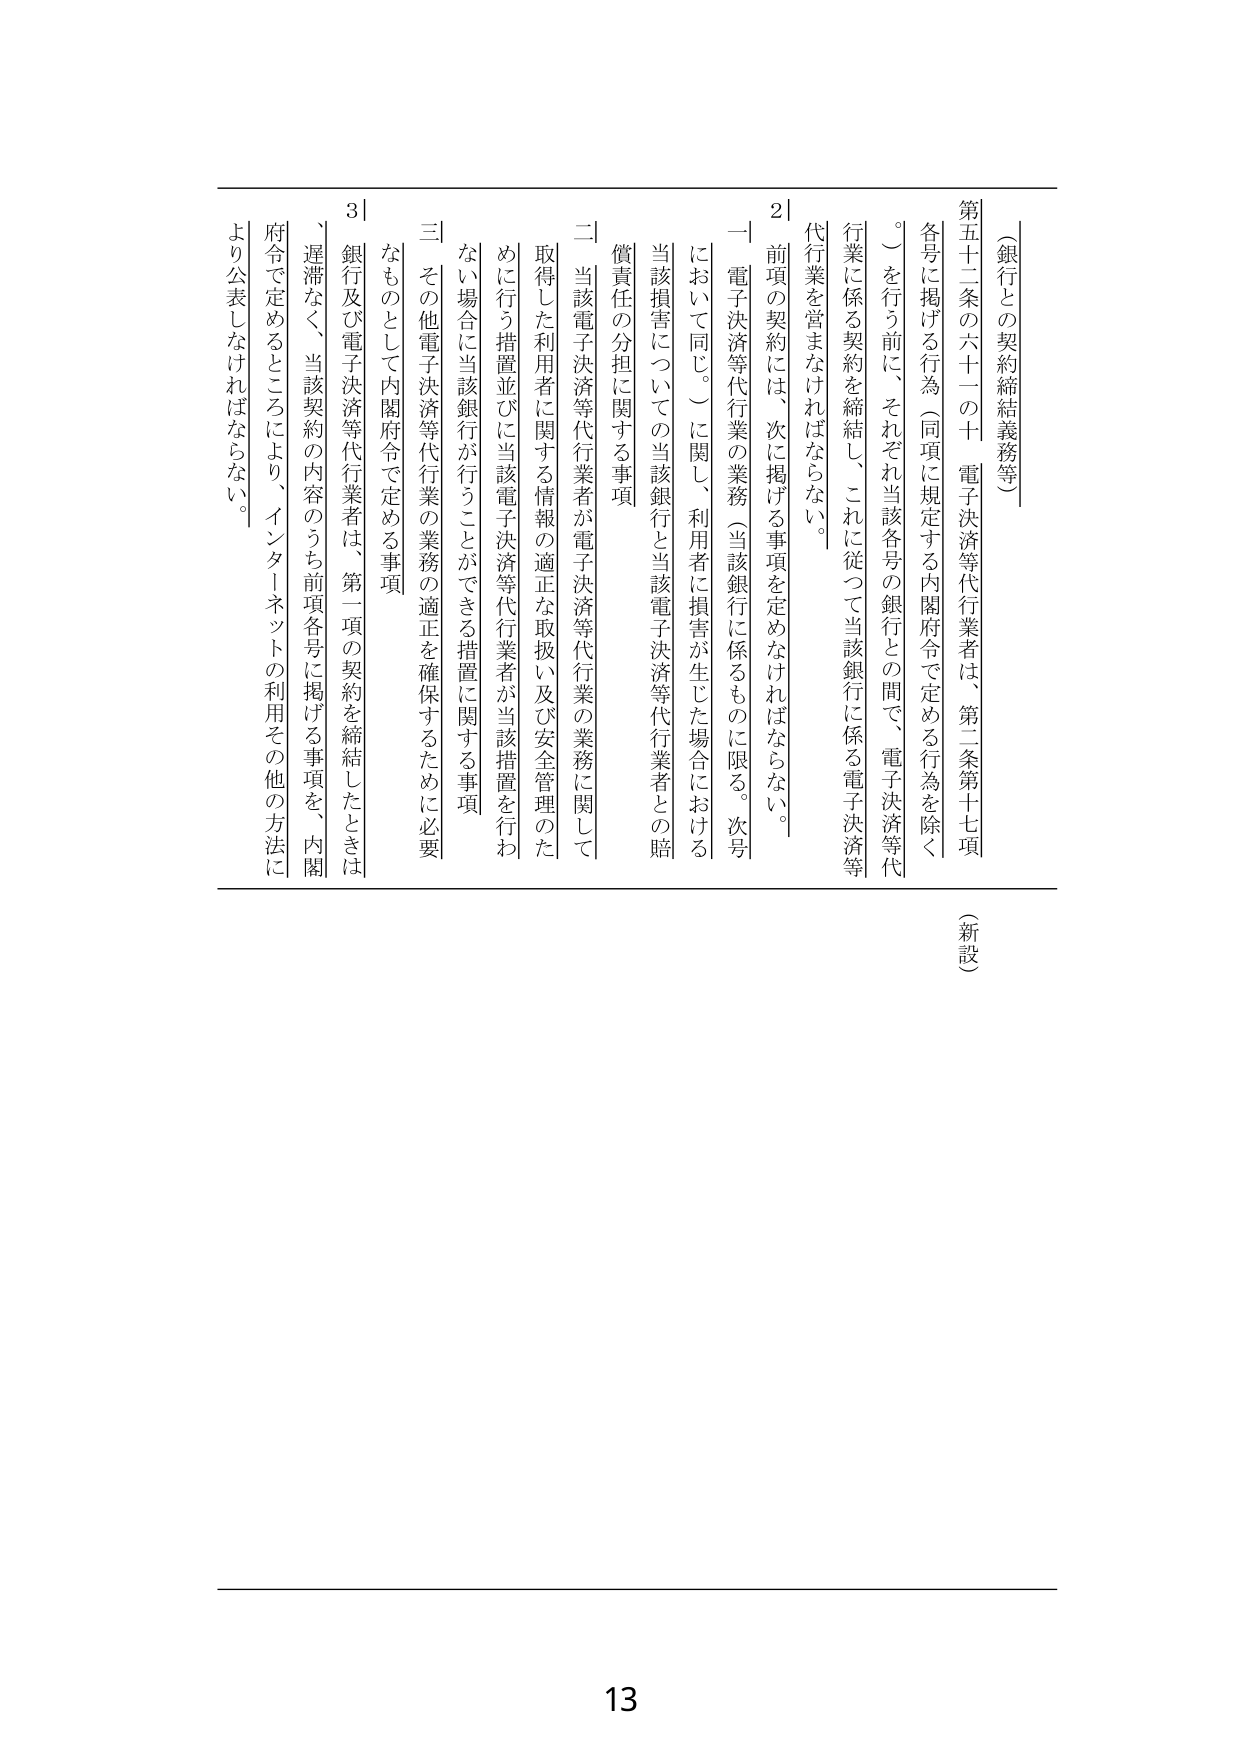
（銀行との契約締結義務等）

第五十二条の六十一の十　電子決済等代行業者は、第二条第十七項各号に掲げる行為（同項に規定する内閣府令で定める行為を除く。）を行う前に、それぞれ当該各号の銀行との間で、電子決済等代行業に係る契約を締結し、これに従って当該銀行に係る電子決済等代行業を営まなければならない。

２　前項の契約には、次に掲げる事項を定めなければならない。

一　電子決済等代行業の業務（当該銀行に係るものに限る。次号において同じ。）に関し、利用者に損害が生じた場合における当該損害についての当該銀行と当該電子決済等代行業者との賠償責任の分担に関する事項

二　当該電子決済等代行業者が電子決済等代行業の業務に関して取得した利用者に関する情報の適正な取扱い及び安全管理のために行う措置並びに当該電子決済等代行業者が当該措置を行わない場合に当該銀行が行うことができる措置に関する事項

三　その他電子決済等代行業の業務の適正を確保するために必要なものとして内閣府令で定める事項

３　銀行及び電子決済等代行業者は、第一項の契約を締結したときは、遅滞なく、当該契約の内容のうち前項各号に掲げる事項を、内閣府令で定めるところにより、インターネットの利用その他の方法により公表しなければならない。

（新設）

13